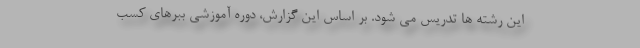
این رشته ها تدریس می شود. بر اساس این گزارش، دوره آموزشی ببرهای کسب